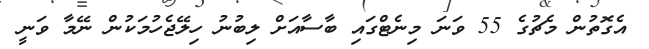
އެގޮތުން މެޗުގެ 55 ވަނަ މިނެޓްގައި ބާސާއަށް ލިބުނު ހިލޭޖެހުމަކުން ނޭމާ ވަނީ